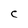
Character: C